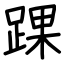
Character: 踝